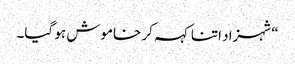
“شہزاد اتنا کہہ کر خاموش ہو گیا۔